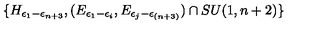
\{ H _ { \epsilon _ { 1 } - \epsilon _ { n + 3 } } , ( E _ { \epsilon _ { 1 } - \epsilon _ { i } } , E _ { \epsilon _ { j } - \epsilon _ { ( n + 3 ) } } ) \cap S U ( 1 , n + 2 ) \}